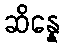
ဆိန္နေ